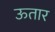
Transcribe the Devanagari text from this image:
ऊतार